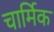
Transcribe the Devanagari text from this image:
चार्मिक